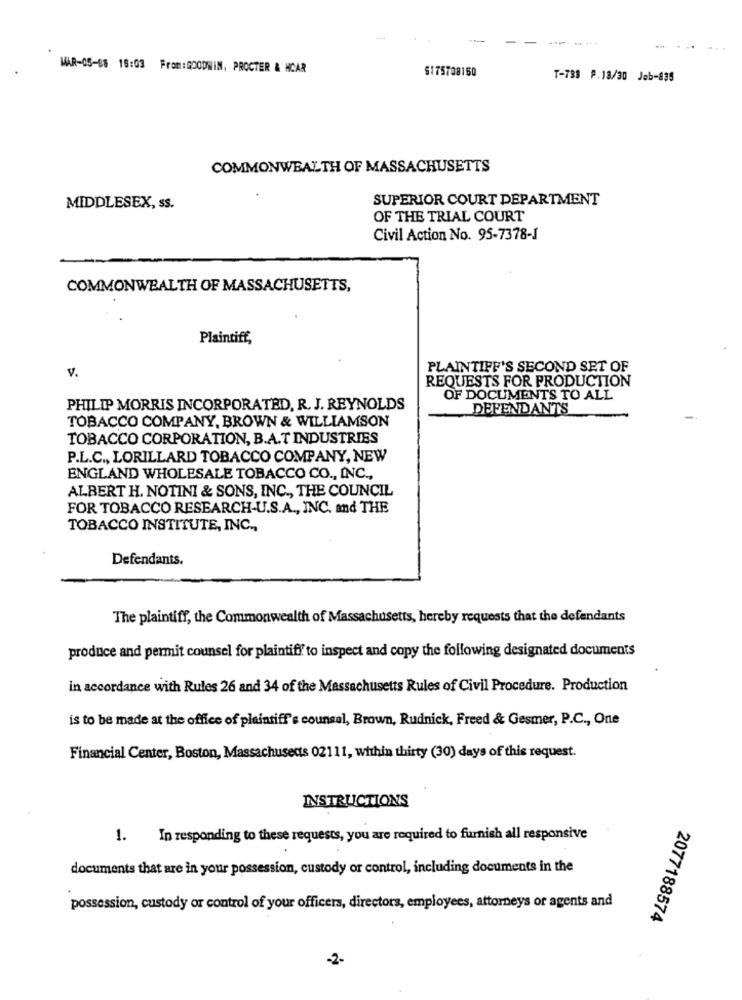
------
MAR-05-68 18:03 From:GOODWIN, PROCTER & HCAR
6175708150
T-739 P.18/30 Jeb-835
COMMONWEALTH OF MASSACHUSETTS
SUPERIOR COURT DEPARTMENT
MIDDLESEX, ss.
OF THE TRIAL COURT
Civil Action No. 95-7378-J
COMMONWEALTH OF MASSACHUSETTS,
Plaintiff,
V.
PLAINTIFF'S SECOND SET OF
REQUESTS FOR PRODUCTION
OF DOCUMENTS TO ALL
PHILIP MORRIS INCORPORATED, R. J. REYNOLDS
DEFENDANTS
TOBACCO COMPANY, BROWN & WILLIAMSON
TOBACCO CORPORATION, B.A.T INDUSTRIES
P.L.C ., LORILLARD TOBACCO COMPANY, NEW
ENGLAND WHOLESALE TOBACCO CO ., INC .,
ALBERT H. NOTINI & SONS, INC ., THE COUNCIL
FOR TOBACCO RESEARCH-U.S.A ., INC. and THE
TOBACCO INSTITUTE, INC .,
Defendants.
The plaintiff, the Commonwealth of Massachusetts, hereby requests that the defendants
produce and permit counsel for plaintiff to inspect and copy the following designated documents
in accordance with Rules 26 and 34 of the Massachusetts Rules of Civil Procedure. Production
is to be made at the office of plaintiff's counsel, Brown, Rudnick, Freed & Gesmer, P.C ., One
Financial Center, Boston, Massachusetts 02111, within thirty (30) days of this request.
INSTRUCTIONS
1. In responding to these requests, you are required to furnish all responsive
documents that are in your possession, custody or control, including documents in the
possession, custody or control of your officers, directors, employees, attorneys or agents and
2077188574
-2-